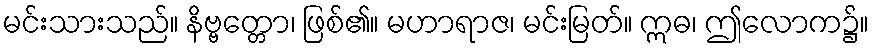
မင်းသားသည်။ နိဗ္ဗတ္တော၊ ဖြစ်၏။ မဟာရာဇ၊ မင်းမြတ်။ ဣဓ၊ ဤလောက၌။